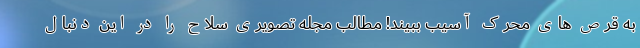
به قرص های محرک آسیب ببیند! مطالب مجله تصویری سلاح را در این دنبال